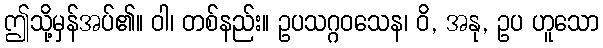
ဤသို့မှန်အပ်၏။ ဝါ၊ တစ်နည်း။ ဥပသဂ္ဂဝသေန၊ ဝိ, အနု, ဥပ ဟူသော